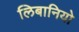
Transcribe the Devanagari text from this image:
लिबानियो